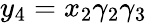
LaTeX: y_{4}=x_{2}\gamma_{2}\gamma_{3}